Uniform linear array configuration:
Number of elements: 24
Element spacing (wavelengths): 0.5
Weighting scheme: uniform
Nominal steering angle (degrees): -15
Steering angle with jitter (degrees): -16.251
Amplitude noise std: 0.05
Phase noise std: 0.05

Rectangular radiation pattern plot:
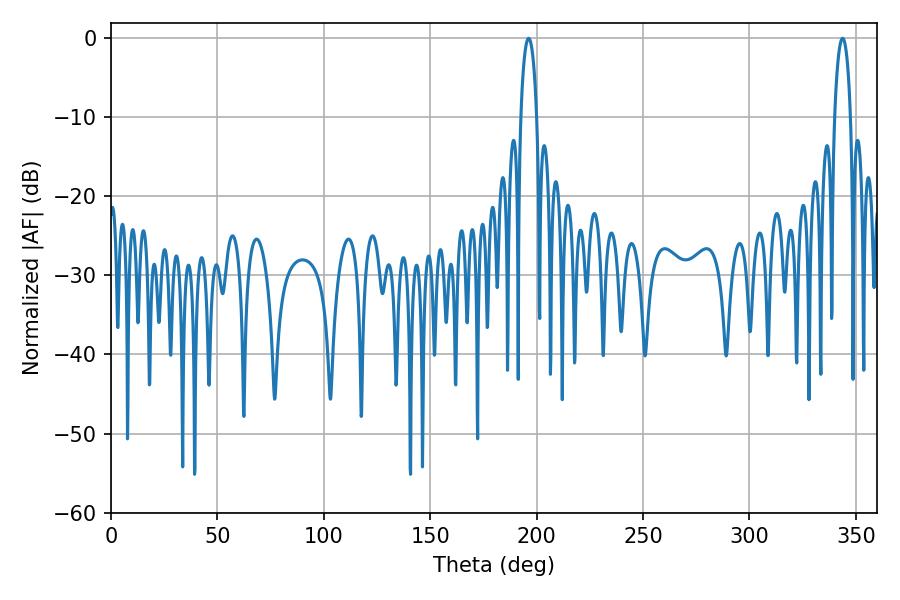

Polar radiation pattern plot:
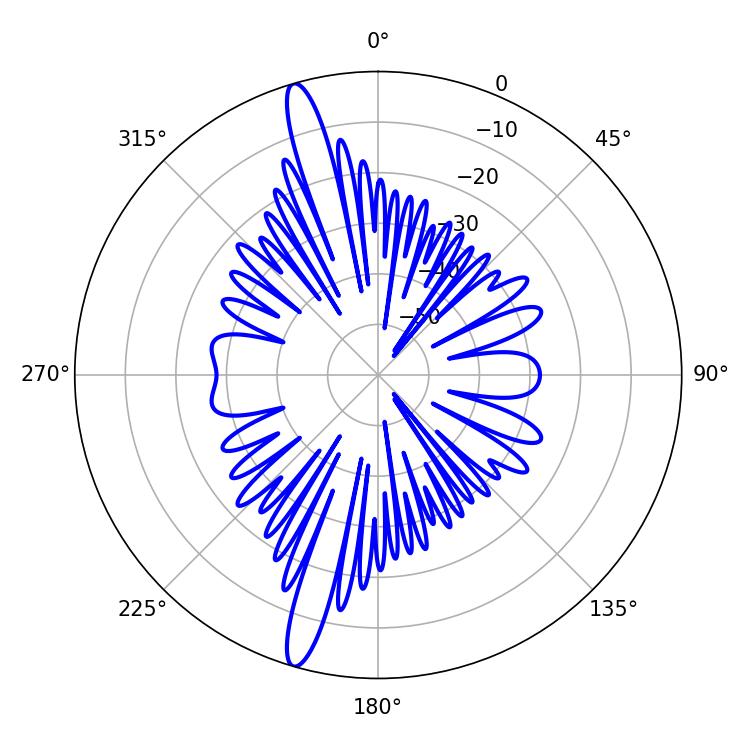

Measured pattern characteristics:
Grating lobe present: FALSE
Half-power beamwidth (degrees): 4.32
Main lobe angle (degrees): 196.2